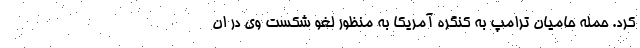
کرد. حمله حامیان ترامپ به کنگره آمریکا به منظور لغو شکست وی در ان